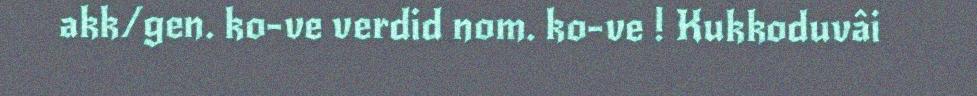
akk/gen. ko-ve verdid nom. ko-ve ! Kukkoduvâi